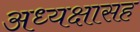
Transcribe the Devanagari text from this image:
अध्यक्षासह